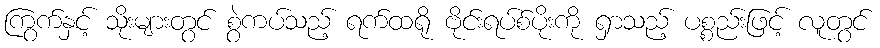
ကြွက်နှင့် သိုးများတွင် စွဲကပ်သည့် ရက်ထရို ဗိုင်းရပ်စ်ပိုးကို ရှာသည့် ပစ္စည်းဖြင့် လူတွင်